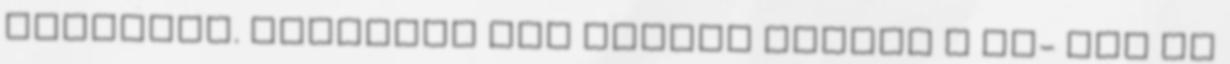
mindenki. Hétvégén elő veszem megint a cd- ket és